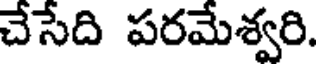
చేసేది పరమేశ్వరి.